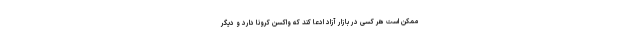
ممکن است هر کسی در بازار آزاد ادعا کند که واکسن کرونا دارد و دیگر